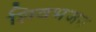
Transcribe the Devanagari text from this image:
शिवभजन